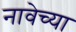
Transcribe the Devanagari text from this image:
नावेच्या